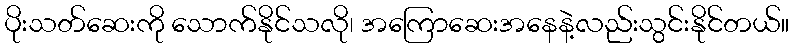
ပိုးသတ်ဆေးကို သောက်နိုင်သလို၊ အကြောဆေးအနေနဲ့လည်းသွင်းနိုင်တယ်။